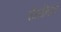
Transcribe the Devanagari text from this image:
सैलानियों